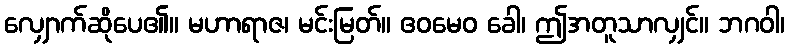
လျှောက်ဆိုပေ၏။ မဟာရာဇ၊ မင်းမြတ်။ ဧဝမေဝ ခေါ၊ ဤအတူသာလျှင်။ ဘဂဝါ၊